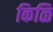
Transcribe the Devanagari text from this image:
किळि